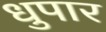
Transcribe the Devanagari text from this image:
धुपार